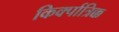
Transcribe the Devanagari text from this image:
किर्क्पात्रिक्क